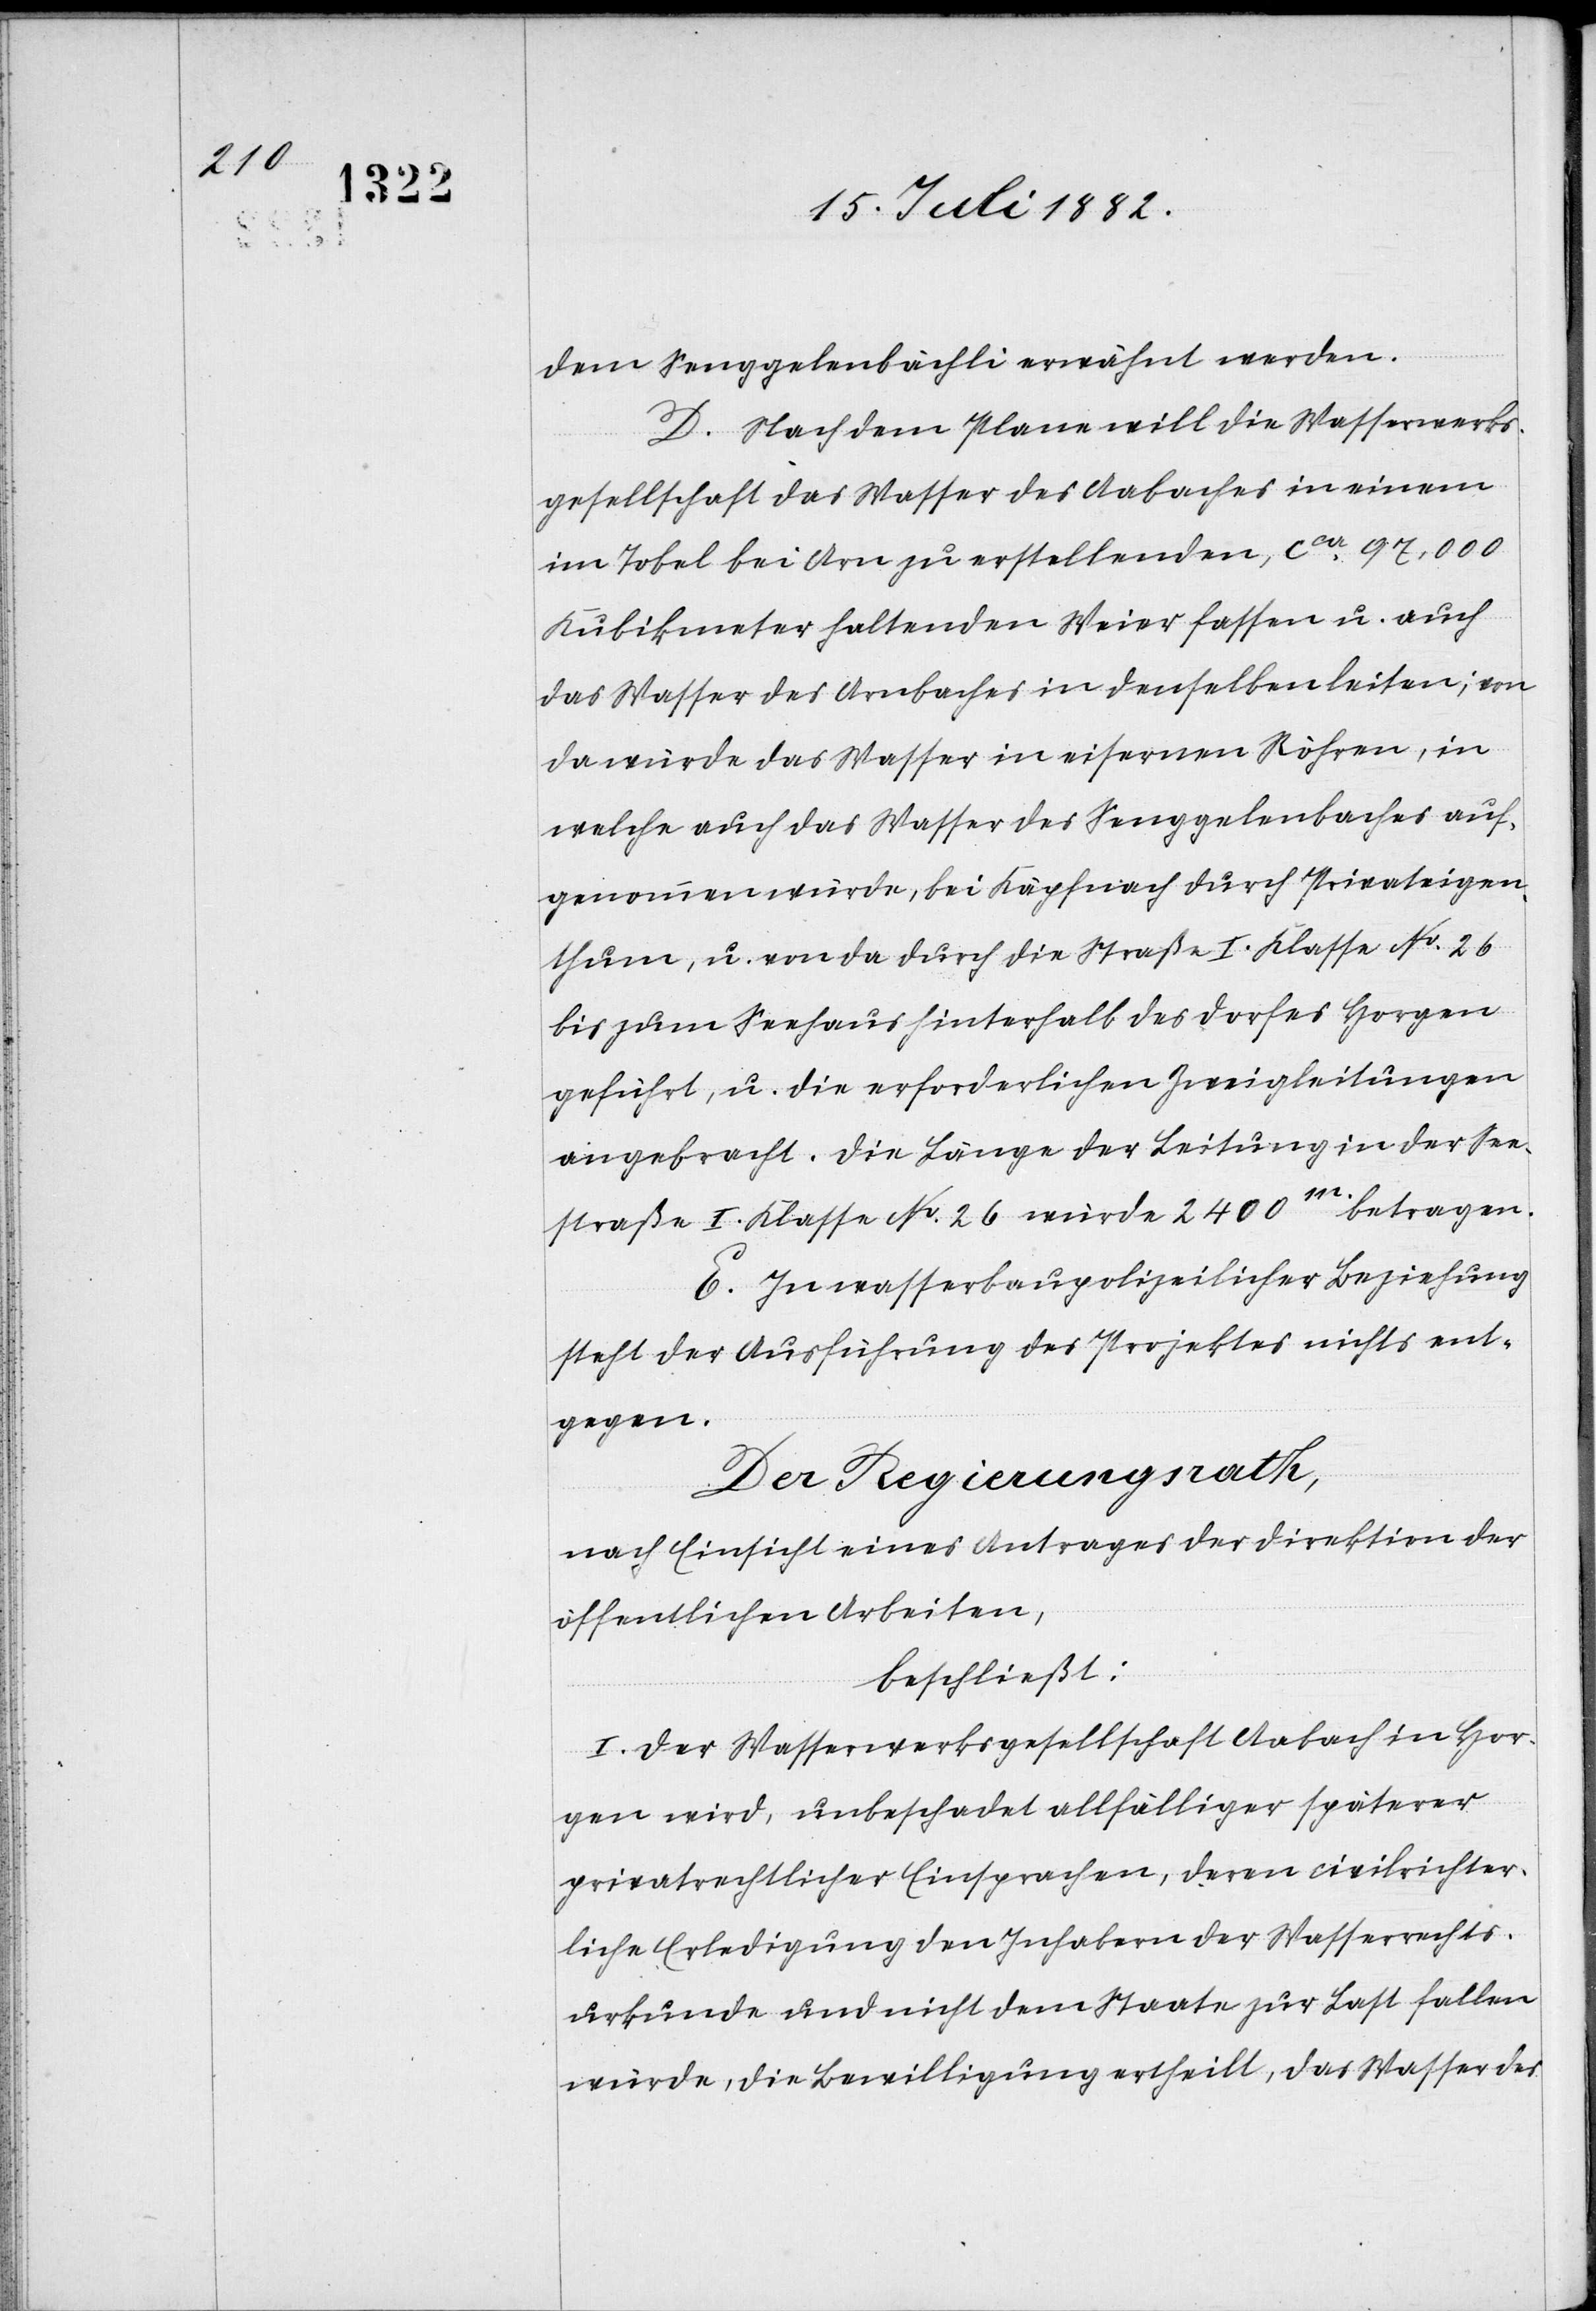
dem Senggelenbächli erwähnt werden.
D. Nach dem Plane will die Wasserwerks¬
gesellschaft das Wasser des Aabaches in einem
im Tobel bei Arn zu erstellenden, ca 97,000
Kubikmeter haltenden Weier fassen u. auch
das Wasser des Arnbaches in denselben leiten; von
da würde das Wasser in eisernen Röhren, in
welche auch das Wasser des Senggelenbaches auf¬
genommen würde, bei Käpfnach durch Privateigen¬
thum, u. von da durch die Straße I. Klasse No 26
bis zum Seehaus hinterhalb des Dorfes Horgen
geführt, u. die erforderlichen Zweigleitungen
angebracht. Die Länge der Leitung in der See¬
straße I. Klasse No 26 würde 2400m betragen.
E. In wasserbaupolizeilicher Beziehung
steht der Ausführung des Projektes nichts ent¬
gegen.
Der Regierungsrath,
nach Einsicht eines Antrages der Direktion der
öffentlichen Arbeiten,
beschließt:
I. Der Wasserwerksgesellschaft Aabach in Hor¬
gen wird, unbeschadet allfälliger späterer
privatrechtlicher Einsprachen, deren civilrichter¬
liche Erledigung den Inhabern der Wasserrechts¬
urkunde und nicht dem Staate zur Last fallen
würde, die Bewilligung ertheilt, das Wasser des